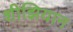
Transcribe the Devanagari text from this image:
शीझियान